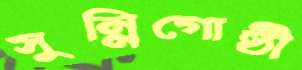
সুন্নিগোষ্ঠী